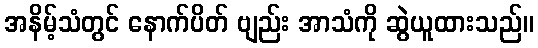
အနိမ့်သံတွင် နောက်ပိတ် ဗျည်း အာသံကို ဆွဲယူထားသည်။